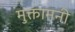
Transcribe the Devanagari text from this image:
मुक्तामनी